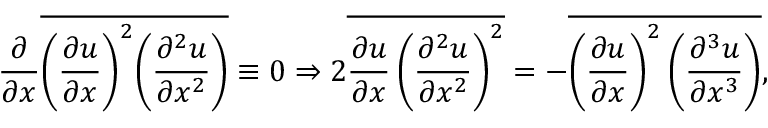
\frac { \partial } { { \partial x } } \overline { { { { \left( { \frac { { \partial u } } { { \partial x } } } \right) } ^ { 2 } } { { \left( { \frac { { { \partial ^ { 2 } } u } } { { \partial { x ^ { 2 } } } } } \right) } } } } \equiv 0 \mathrm { { } } \Rightarrow \mathrm { { } } 2 \overline { { \frac { \partial u } { \partial x } \left( \frac { \partial ^ { 2 } u } { \partial x ^ { 2 } } \right) ^ { 2 } } } = - \overline { { \left( \frac { \partial u } { \partial x } \right) ^ { 2 } \left( \frac { \partial ^ { 3 } u } { \partial x ^ { 3 } } \right) } } ,